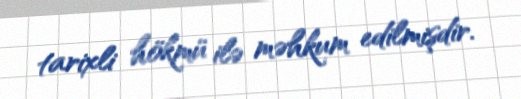
tarixli hökmü ilə məhkum edilmişdir.